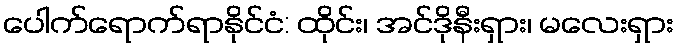
ပေါက်ရောက်ရာနိုင်ငံ: ထိုင်း၊ အင်ဒိုနီးရှား၊ မလေးရှား